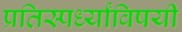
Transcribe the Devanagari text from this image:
प्रतिस्पर्ध्यांविषयी